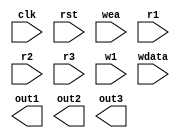
module reg32(clk,rst,wea,r1,r2,r3,w1,wdata,out1,out2,out3
    );
	input wire clk,rst,wea;
	input wire [4:0] r1, r2,r3, w1;
	input wire [31:0] wdata;
	output wire [31:0] out1, out2, out3;

	reg [31:0] mem [31:0];
	
	always @(posedge clk or negedge rst)
	begin
		if(!rst)
			begin
				mem[0] <=32'b0;mem[1] <=32'b0;mem[2] <=32'b0;mem[3] <=32'b0;
				mem[4] <=32'b0;mem[5] <=32'b0;mem[6] <=32'b0;mem[7] <=32'b0;
				mem[8] <=32'b0;mem[9] <=32'b0;mem[10]<=32'b0;mem[11]<=32'b0;
				mem[12]<=32'b0;mem[13]<=32'b0;mem[14]<=32'b0;mem[15]<=32'b0;
				mem[16]<=32'b0;mem[17]<=32'b0;mem[18]<=32'b0;mem[19]<=32'b0;
				mem[20]<=32'b0;mem[21]<=32'b0;mem[22]<=32'b0;mem[23]<=32'b0;
				mem[24]<=32'b0;mem[25]<=32'b0;mem[26]<=32'b0;mem[27]<=32'b0;
				mem[28]<=32'b0;mem[29]<=32'b0;mem[30]<=32'b0;mem[31]<=32'b0;
				
			end
		else if(wea)
			mem[w1]<=wdata;
			
	end
	
	assign o_op1=mem[r1];
	assign o_op2=mem[r2];
	assign o_op3=mem[r3];

endmodule